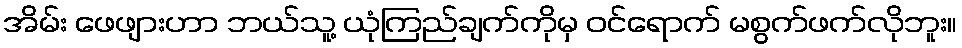
အိမ်း ဖေဖျားဟာ ဘယ်သူ့ ယုံကြည်ချက်ကိုမှ ဝင်ရောက် မစွက်ဖက်လိုဘူး။